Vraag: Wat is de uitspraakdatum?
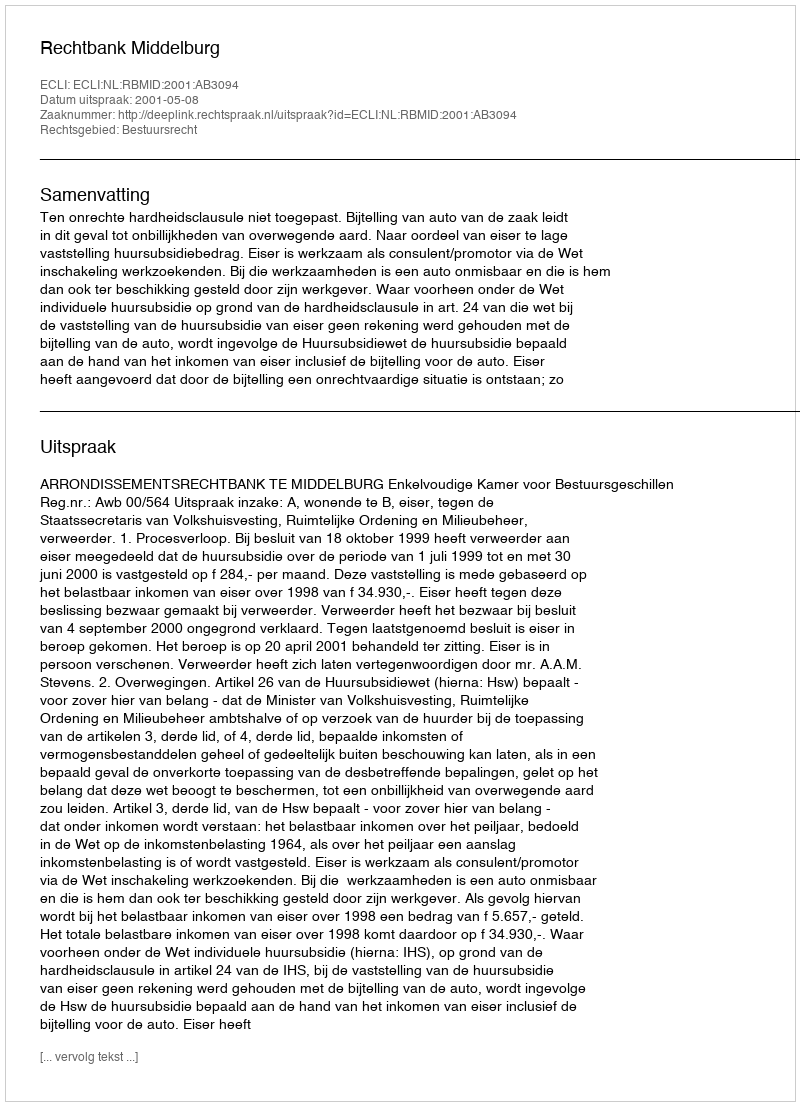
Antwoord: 2001-05-08